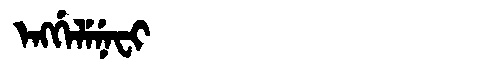
Manchu: ᡝᠩᡤᡝᠯᡝᠨᡝᠸᡳ
Romanization: ENGGELENEFI